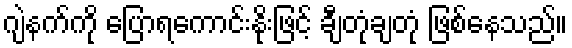
ဂျဲနက်ကို ပြောရကောင်းနိုးဖြင့် ချီတုံချတုံ ဖြစ်နေသည်။